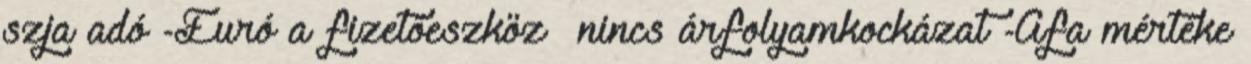
szja adó -Euró a fizetőeszköz –nincs árfolyamkockázat -Áfa mértéke